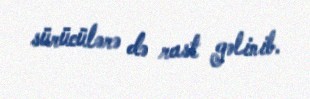
sürücülərə də rast gəlinib.